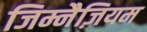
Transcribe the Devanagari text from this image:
जिम्नैज़ियम